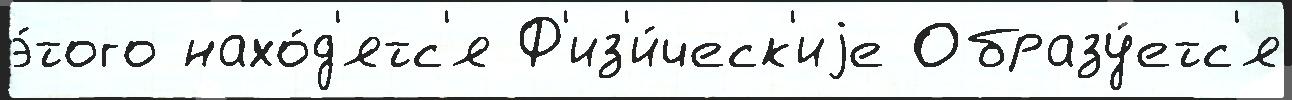
э́того нахо́д'ятс'я Ф'из'и́ческ'иjе Образу́етс'я